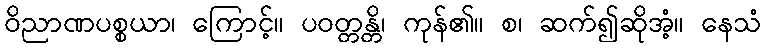
ဝိညာဏပစ္စယာ၊ ကြောင့်။ ပဝတ္တန္တိ၊ ကုန်၏။ စ၊ ဆက်၍ဆိုအံ့။ နေသံ